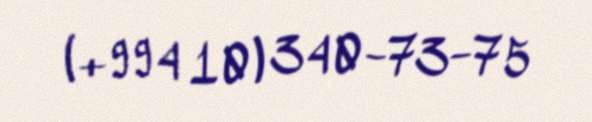
(+994 10) 340-73-75